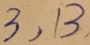
3 , 1 3 ,